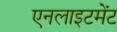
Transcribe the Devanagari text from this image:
एनलाइटमेंट